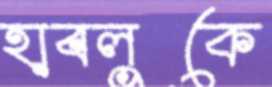
হাবলুকে